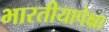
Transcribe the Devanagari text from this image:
भारतीयापेक्षा